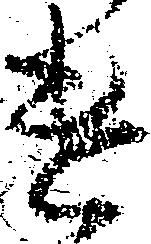
遣